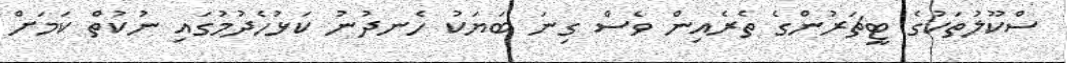
ސްކޫލުތަކުގެ ޓީޗަރުންގެ ތެރެއިން ވެސް ގިނަ ބަޔަކު ހެނދުނު ކަޅުހެދުމުގައި ނުކުތް ކަމަށް